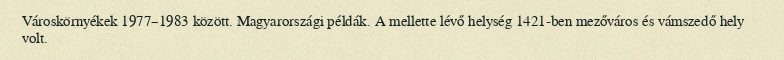
Városkörnyékek 1977–1983 között. Magyarországi példák. A mellette lévő helység 1421-ben mezőváros és vámszedő hely volt.